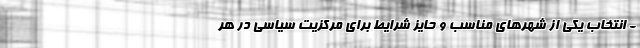
- انتخاب یکی از شهرهای مناسب و حایز شرایط برای مرکزیت سیاسی در هر